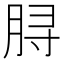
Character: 𫞅